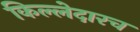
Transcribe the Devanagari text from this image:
किल्लेदारच